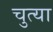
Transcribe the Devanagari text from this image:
चुत्या